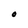
Character: O